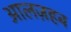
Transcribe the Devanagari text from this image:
आलज़हब